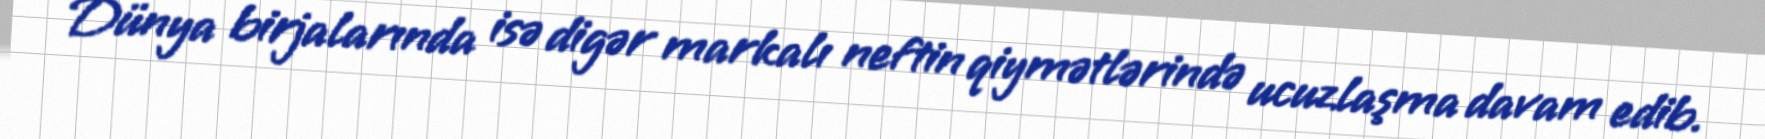
Dünya birjalarında isə digər markalı neftin qiymətlərində ucuzlaşma davam edib.